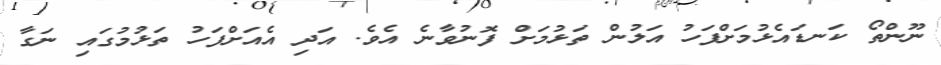
ނޫންތޯ ކަނޑައެޅުމަށްފަހު އަލުން ތަޅުމަށް ފޮނުވާނެ އެވެ. އަދި އެއަށްފަހު ތަޅުމުގައި ނަގާ